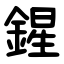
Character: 鍟